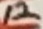
Text: 12